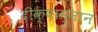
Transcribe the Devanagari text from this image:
दीक्षास्नान